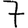
Digit: 7